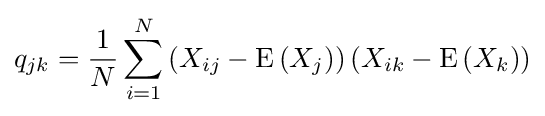
q_{jk}={\frac {1}{N}}\sum _{i=1}^{N}\left(X_{ij}-\operatorname {E} \left(X_{j}\right)\right)\left(X_{ik}-\operatorname {E} \left(X_{k}\right)\right)